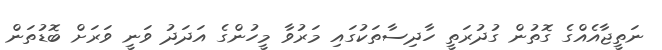
ނަތީޖާއެއްގެ ގޮތުން ގުދުރަތީ ހާދިސާތަކުގައި މަރުވާ މީހުންގެ އަދަދު ވަނީ ވަރަށް ބޮޑުތަން